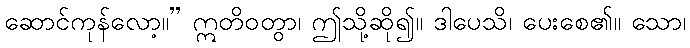
ဆောင်ကုန်လော့။” ဣတိဝတွာ၊ ဤသို့ဆို၍။ ဒါပေသိ၊ ပေးစေ၏။ သော၊